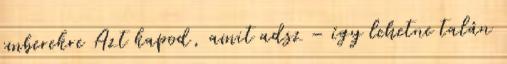
emberekre Azt kapod, amit adsz – így lehetne talán